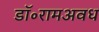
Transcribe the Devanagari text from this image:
डॉ॰रामअवध